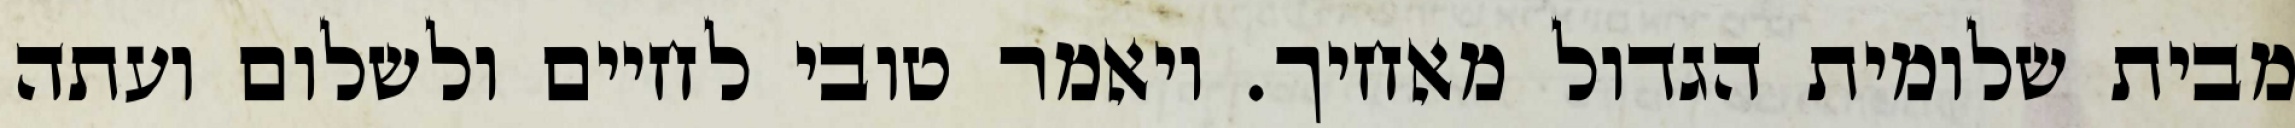
מבית שלומית הגדול מאחיך. ויאמר טובי לחיים ולשלום ועתה